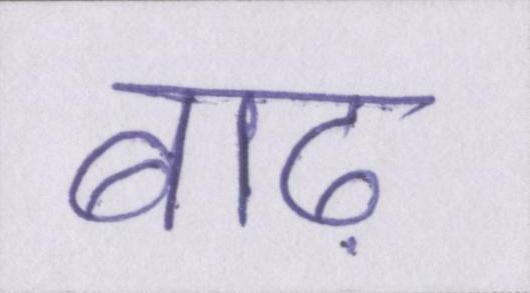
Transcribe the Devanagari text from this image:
बाढ़